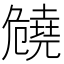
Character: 𠨪